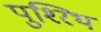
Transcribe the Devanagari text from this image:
पुश्‍रिथ